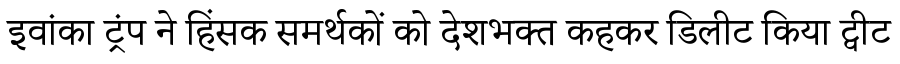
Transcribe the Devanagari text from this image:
इवांका ट्रंप ने हिंसक समर्थकों को देशभक्त कहकर डिलीट किया ट्वीट